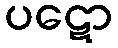
ပဋော